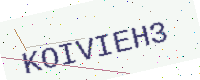
Text: KOIVIEH3